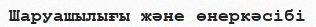
Шаруашылығы және өнеркәсібі